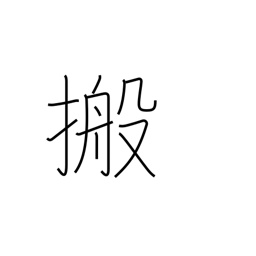
Meaning: conveyor